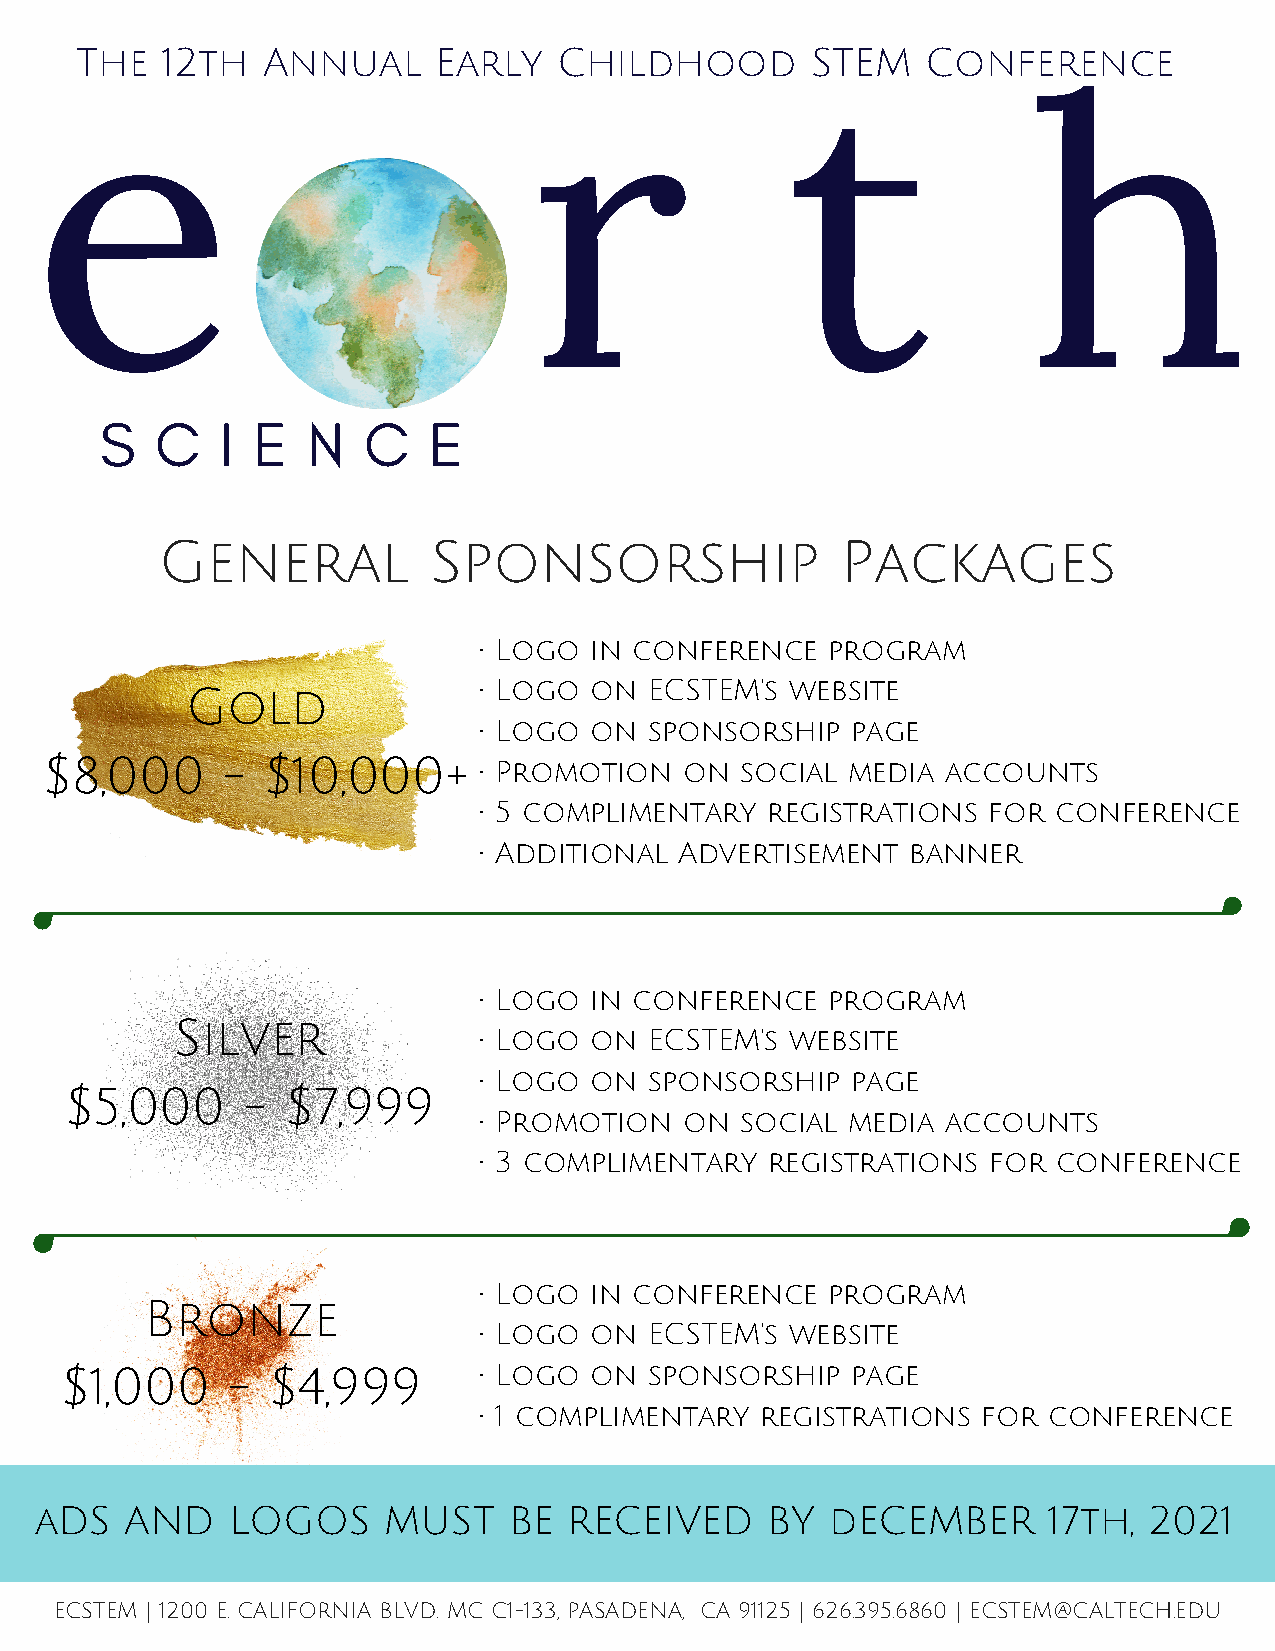
The   12th  Annual      Early   Childhood        STEM   Conference
 e                                r                t               h
 S  C    I E  N   C   E
 General          Sponsorship                 Packages
 • Logo in conference   program
 • Logo on  ECSTEM’s website
 Gold
 • Logo on  sponsorship  page
 $8,000      -  $10,000+      • Promotion  on  social media  accounts
 • 5 complimentary  registrations for  conference
 • Additional Advertisement  banner
 • Logo in conference   program
 Silver
 • Logo on  ECSTEM’s website
 • Logo on  sponsorship  page
 $5,000      -  $7,999
 • Promotion  on  social media  accounts
 • 3 complimentary  registrations for  conference
 • Logo in conference   program
 Bronze
 • Logo on  ECSTEM’s website
 $1,000     -  $4,999        • Logo on  sponsorship  page
 • 1 complimentary registrations  for conference
 aDS   AND    LOGOS     MUST     BE  RECEIVED     BY  dECEMBER      17th,  2021
 ECSTEM | 1200 E. CALIFORNIA BLVD. MC C1-133, PASADENA, CA 91125 | 626.395.6860 | ECSTEM@CALTECH.EDU